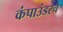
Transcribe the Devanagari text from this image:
कंपाउंडरचे